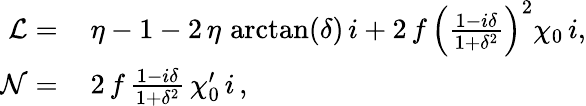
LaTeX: \begin{array}{rl}{\mathcal{L}=}&{{}\, \eta-1-2\, \eta\, \arctan(\delta)\, i+2\, f\, \left(\frac{1-i\delta}{1+\delta^{2}}\right)^{2}\chi_{0}\, i,}\\ {\mathcal{N}=}&{{}\, 2\, f\, \frac{1-i\delta}{1+\delta^{2}}\, \chi_{0}^{\prime}\, i\, ,}\end{array}